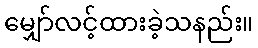
မျှော်လင့်ထားခဲ့သနည်း။